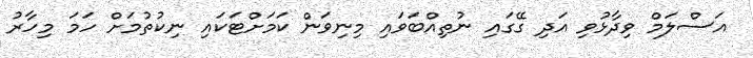
އަސްލަމް ވިދާޅުވި އަދި ގޭގައި ނުތިއްބަވައި މިނިވަން ކަމަށްޓަކައި ނިކުތުމަށް ހަމަ މިހާރު